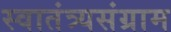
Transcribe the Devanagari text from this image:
स्वातंत्र्यसंग्राम